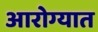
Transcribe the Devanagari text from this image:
आरोग्यात